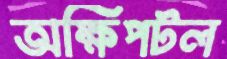
অক্ষিপটল